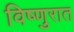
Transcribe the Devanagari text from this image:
विष्णुरात